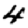
Digit: 4